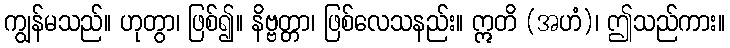
ကျွန်မသည်။ ဟုတွာ၊ ဖြစ်၍။ နိဗ္ဗတ္တာ၊ ဖြစ်လေသနည်း။ ဣတိ (အဟံ)၊ ဤသည်ကား။